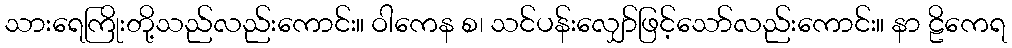
သားရေကြိုးတို့သည်လည်းကောင်း။ ဝါကေန စ၊ သင်ပန်းလျှော်ဖြင့်သော်လည်းကောင်း။ နာ ဠိကေရ